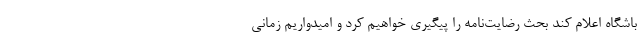
باشگاه اعلام کند بحث رضایت‌نامه را پیگیری خواهیم کرد و امیدواریم زمانی